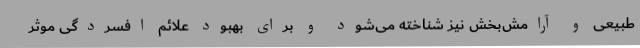
طبیعی و آرامش‌بخش نیز شناخته می‌شود و برای بهبود علائم افسردگی موثر